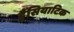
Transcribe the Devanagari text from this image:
हैंसियाटिक